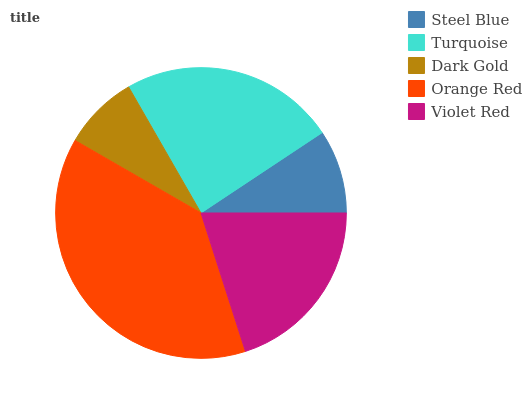
| Steel Blue | Turquoise | Dark Gold | Orange Red | Violet Red |
 | --- | --- | --- | --- | --- |
 | 9.33% | 24% | 8.39% | 38.2% | 20.1% |